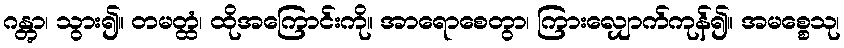
ဂန္တွာ၊ သွား၍။ တမတ္ထံ၊ ထိုအကြောင်းကို။ အာရောစေတွာ၊ ကြားလျှောက်ကုန်၍။ အမစ္စေသု၊